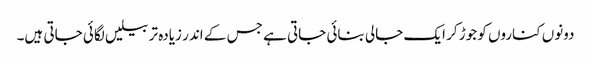
دونوں کناروں کو جوڑ کر ایک جالی بنائی جاتی ہے جس کے اندر زیادہ تر بیلیں لگائی جاتی ہیں۔